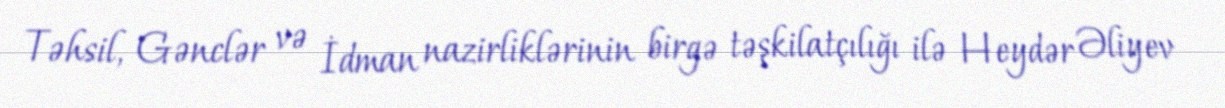
Təhsil, Gənclər və İdman nazirliklərinin birgə təşkilatçılığı ilə Heydər Əliyev